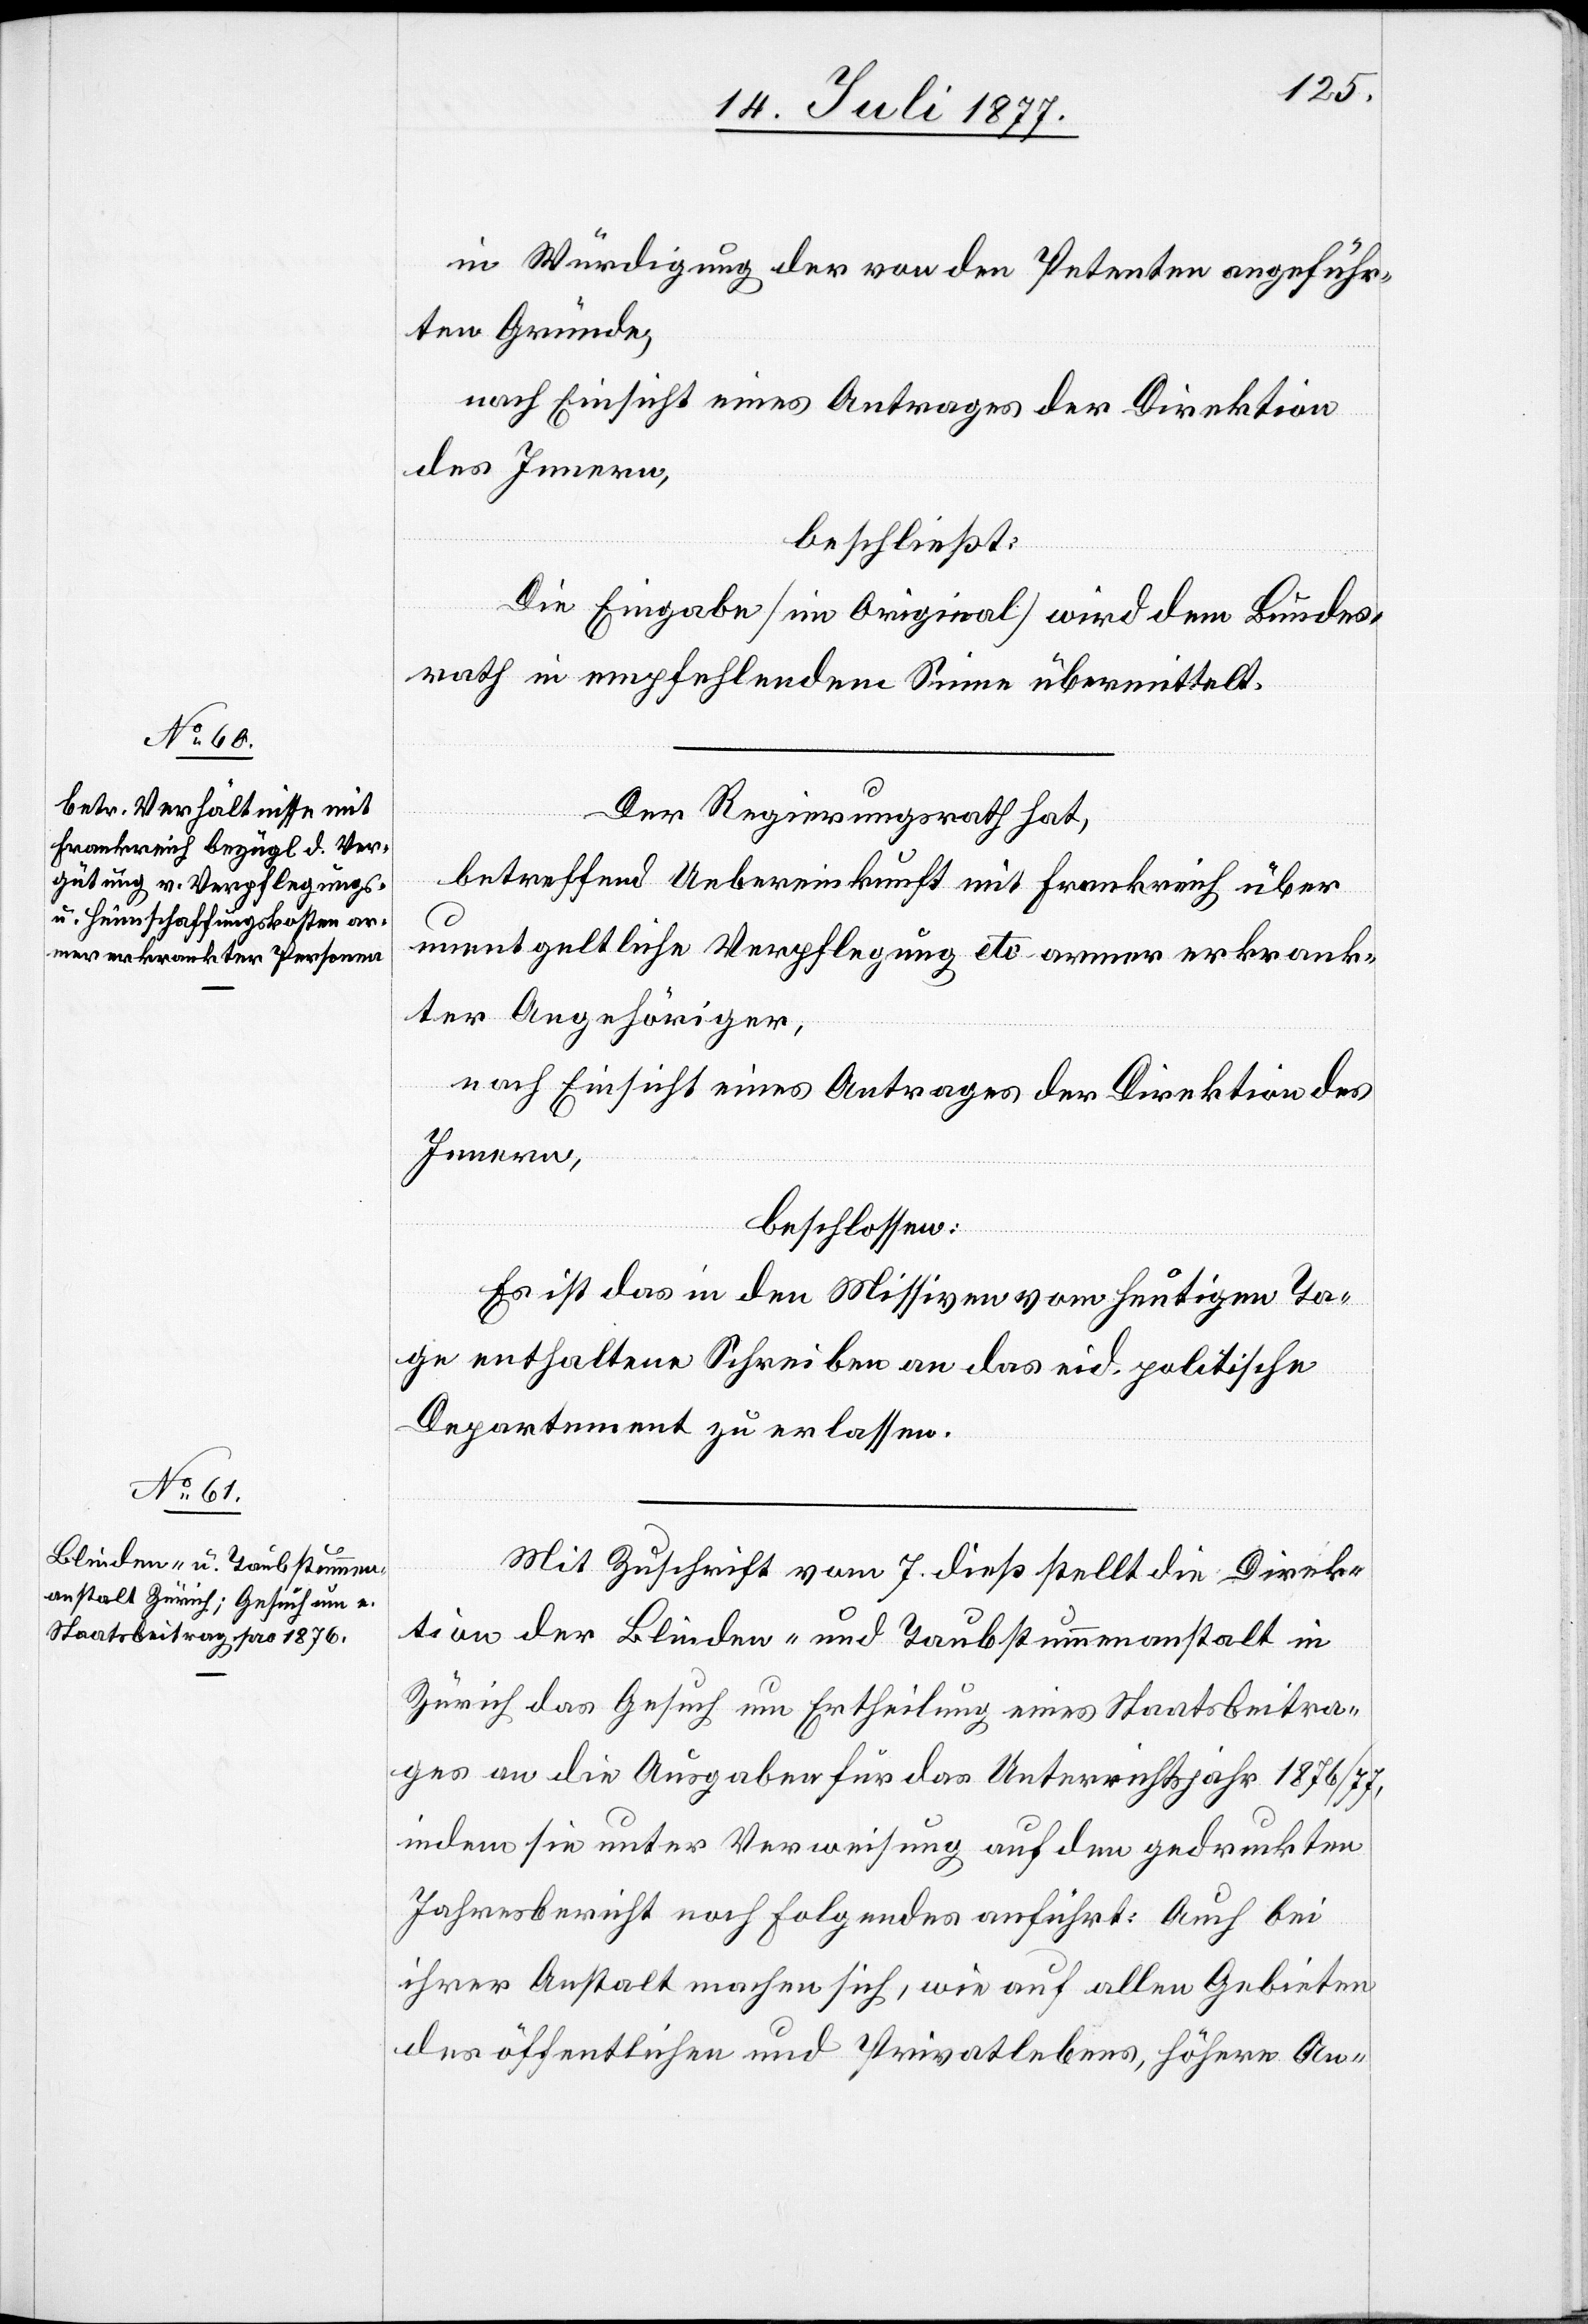
in Würdigung der von den Petenten angeführ¬
ten Gründe,
nach Einsicht eines Antrages der Direktion
des Innern,
beschließt:
Die Eingabe [im Original] wird dem Bundes¬
rath in empfehlendem Sinne übermittelt.
Der Regierungsrath hat,
betreffend Uebereinkunft mit Frankreich über
unentgeltliche Verpflegung etc. armer erkrank¬
ter Angehöriger,
nach Einsicht eines Antrages der Direktion des
Innern,
beschlossen:
Es ist das in den Missiven vom heutigen Ta¬
ge enthaltene Schreiben an das eid. politische
Departement zu erlassen.
Mit Zuschrift vom 7. dieß stellt die Direk¬
tion der Blinden- und Taubstummenanstalt in
Zürich das Gesuch um Ertheilung eines Staatsbeitra¬
ges an die Ausgaben für das Unterrichtsjahr 1876/77,
indem sie unter Verweisung auf den gedruckten
Jahresbericht noch Folgendes anführt: Auch bei
ihrer Anstalt machen sich, wie auf allen Gebieten
des öffentlichen und Privatlebens, höhere An-